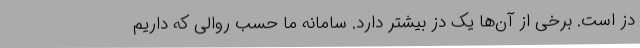
دُز است. برخی از آن‌ها یک دُز بیشتر دارد. سامانه ما حسب روالی که داریم